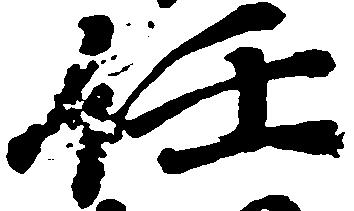
任